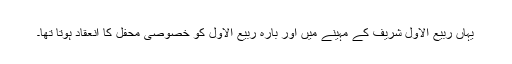
یہاں ربیع الاول شریف کے مہینے میں اور بارہ ربیع الاول کو خصوصی محفل کا انعقاد ہوتا تھا۔